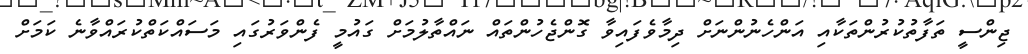
ޖިންސީ ތަފާތުކުރުންތަކާއި އަންހެނުންނަށް ދިމާވެފައިވާ ގޮންޖެހުންތައް ނައްތާލުމަށް ގައުމީ ފެންވަރުގައި މަސައްކަތްކުރައްވާނެ ކަަމަށް